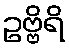
ဥဗ္ဗိရိ